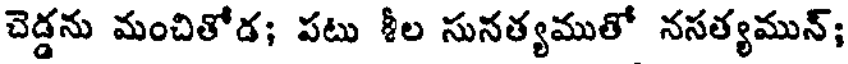
చెడ్డను మంచితోడ; పటు శీల సునత్యముతో నసత్యమున్;